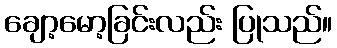
ချော့မော့ခြင်းလည်း ပြုသည်။